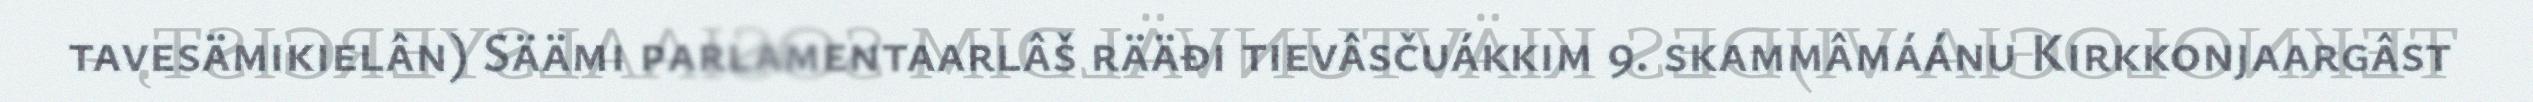
tavesämikielân) Säämi parlamentaarlâš rääđi tievâsčuákkim 9. skammâmáánu Kirkkonjaargâst